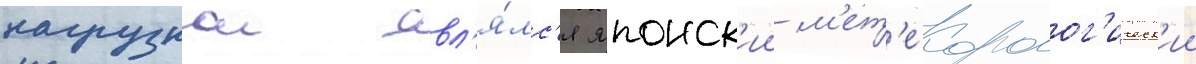
нагрузкои явл'я́лс'я японск'ии м'ет'еоролог'ическ'ии